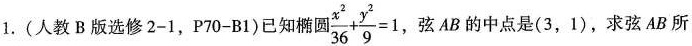
1.(人教B版选修2-1，P70-B1)已知椭圆$$\frac{x^{2}}{36} + \frac{y^{2}}{9} = 1$$,弦AB的中点是 ( 3 , 1)，求弦AB所